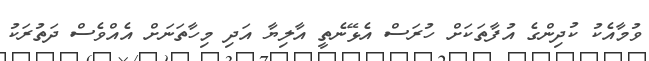
ވުމާއެކު ކުދިންގެ އުފާތަކަށް ހުރަސް އެޅޭނެތީ އާލިޔާ އަދި މިހާތަނަށް އެއްވެސް ދަތުރަކު